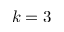
k = 3